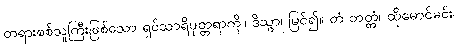
တရားစစ်သူကြီးဖြစ်သော ရှင်သာရိပုတ္တရာကို။ ဒိသွာ၊ မြင်၍။ တံ ဘတ္တံ၊ ထိုမောင်မင်း